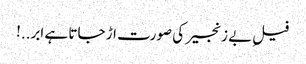
فیلِ بے زنجیر کی صورت اڑ جاتا ہے ابر..!